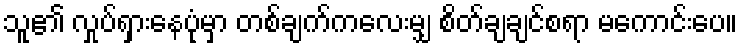
သူ၏ လှုပ်ရှားနေပုံမှာ တစ်ချက်ကလေးမျှ စိတ်ချချင်စရာ မကောင်းပေ။